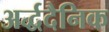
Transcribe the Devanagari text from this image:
अर्द्धदैनिक